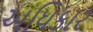
અધિકાર